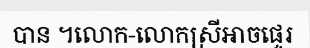
បាន ។លោក-លោកស្រីអាចផ្ទេរ